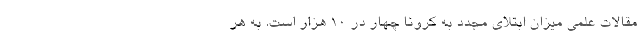
مقالات علمی میزان ابتلای مجدد به کرونا چهار در 10 هزار است. به هر